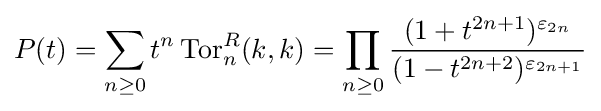
P(t)=\sum _{n\geq 0}t^{n}\operatorname {Tor} _{n}^{R}(k,k)=\prod _{n\geq 0}{\frac {(1+t^{2n+1})^{\varepsilon _{2n}}}{(1-t^{2n+2})^{\varepsilon _{2n+1}}}}